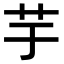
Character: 芋